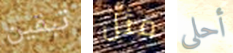
تبقين مثل أحلى